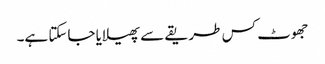
جھوٹ کس طریقے سے پھیلایا جاسکتا ہے۔